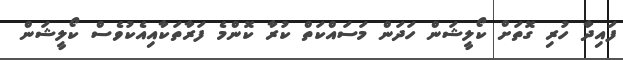
ފައިދާ ހުރި ގޮތަށް ކޯލީޝަން ހަދަން މަސައްކަތް ކުރާ ކޮންމެ ފަރާތަކާއިއެކުވެސް ކޯލީޝަން